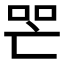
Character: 𱒛